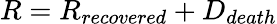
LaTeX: R=R_{recovered}+D_{death}